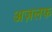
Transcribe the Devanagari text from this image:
अज़लफ